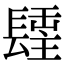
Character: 𨲢